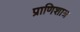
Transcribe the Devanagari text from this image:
प्राणिशात्र